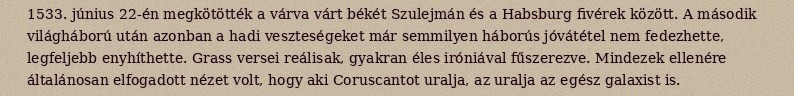
1533. június 22-én megkötötték a várva várt békét Szulejmán és a Habsburg fivérek között. A második világháború után azonban a hadi veszteségeket már semmilyen háborús jóvátétel nem fedezhette, legfeljebb enyhíthette. Grass versei reálisak, gyakran éles iróniával fűszerezve. Mindezek ellenére általánosan elfogadott nézet volt, hogy aki Coruscantot uralja, az uralja az egész galaxist is.